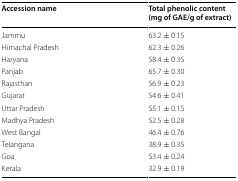
| Accession name | Total phenolic content (mg of GAE/g of extract) |
 | --- | --- |
 | Jammu | 63.2 ± 0.15 |
 | Himachal Pradesh | 62.3 ± 0.26 |
 | Haryana | 58.4 ± 0.35 |
 | Panjab | 65.7 ± 0.30 |
 | Rajasthan | 56.9 ± 0.23 |
 | Gujarat | 54.6 ± 0.41 |
 | Uttar Pradesh | 55.1 ± 0.15 |
 | Madhya Pradesh | 52.5 ± 0.28 |
 | West Bangal | 46.4 ± 0.76 |
 | Telangana | 38.9 ± 0.35 |
 | Goa | 53.4 ± 0.24 |
 | Kerala | 32.9 ± 0.19 |